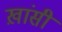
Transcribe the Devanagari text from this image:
ख़ांसी